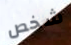
شخص